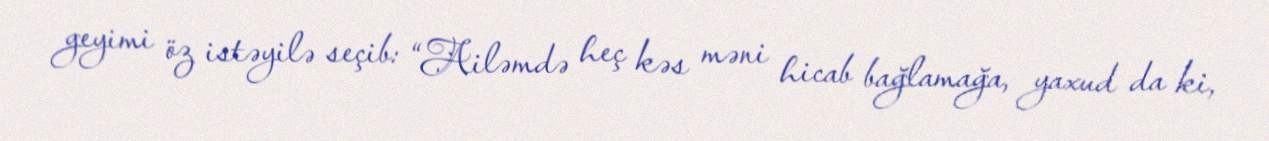
geyimi öz istəyilə seçib: “Ailəmdə heç kəs məni hicab bağlamağa, yaxud da ki,